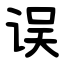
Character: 误